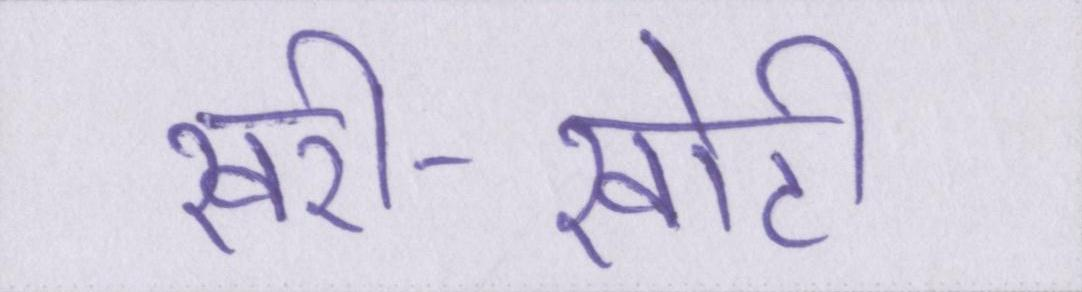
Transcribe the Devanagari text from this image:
खरी-खोटी